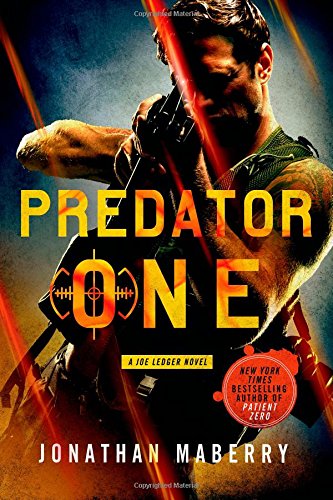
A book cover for Predator One: A Joe Ledger Novel; Jonathan Maberry; Mystery, Thriller & Suspense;